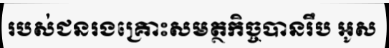
របស់ជនរងគ្រោះសមត្ថកិច្ចបានរឹប អូស